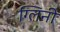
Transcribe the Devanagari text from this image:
ग्लिनी